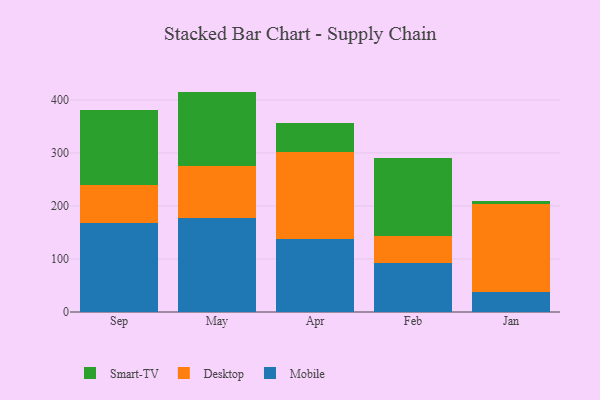
{"axis": {"x": "Month", "y": "Market Share (%)"}, "legend": ["Desktop", "Mobile", "Smart-TV"], "data": [{"x": "Sep", "y": 167.6, "type": "Mobile"}, {"x": "Sep", "y": 72.8, "type": "Desktop"}, {"x": "Sep", "y": 140.8, "type": "Smart-TV"}, {"x": "May", "y": 177.2, "type": "Mobile"}, {"x": "May", "y": 97.2, "type": "Desktop"}, {"x": "May", "y": 141.2, "type": "Smart-TV"}, {"x": "Apr", "y": 137.0, "type": "Mobile"}, {"x": "Apr", "y": 165.5, "type": "Desktop"}, {"x": "Apr", "y": 54.3, "type": "Smart-TV"}, {"x": "Feb", "y": 93.0, "type": "Mobile"}, {"x": "Feb", "y": 49.7, "type": "Desktop"}, {"x": "Feb", "y": 148.5, "type": "Smart-TV"}, {"x": "Jan", "y": 37.8, "type": "Mobile"}, {"x": "Jan", "y": 166.1, "type": "Desktop"}, {"x": "Jan", "y": 5.4, "type": "Smart-TV"}]}